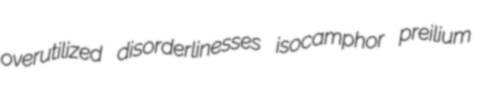
overutilized disorderlinesses isocamphor preilium